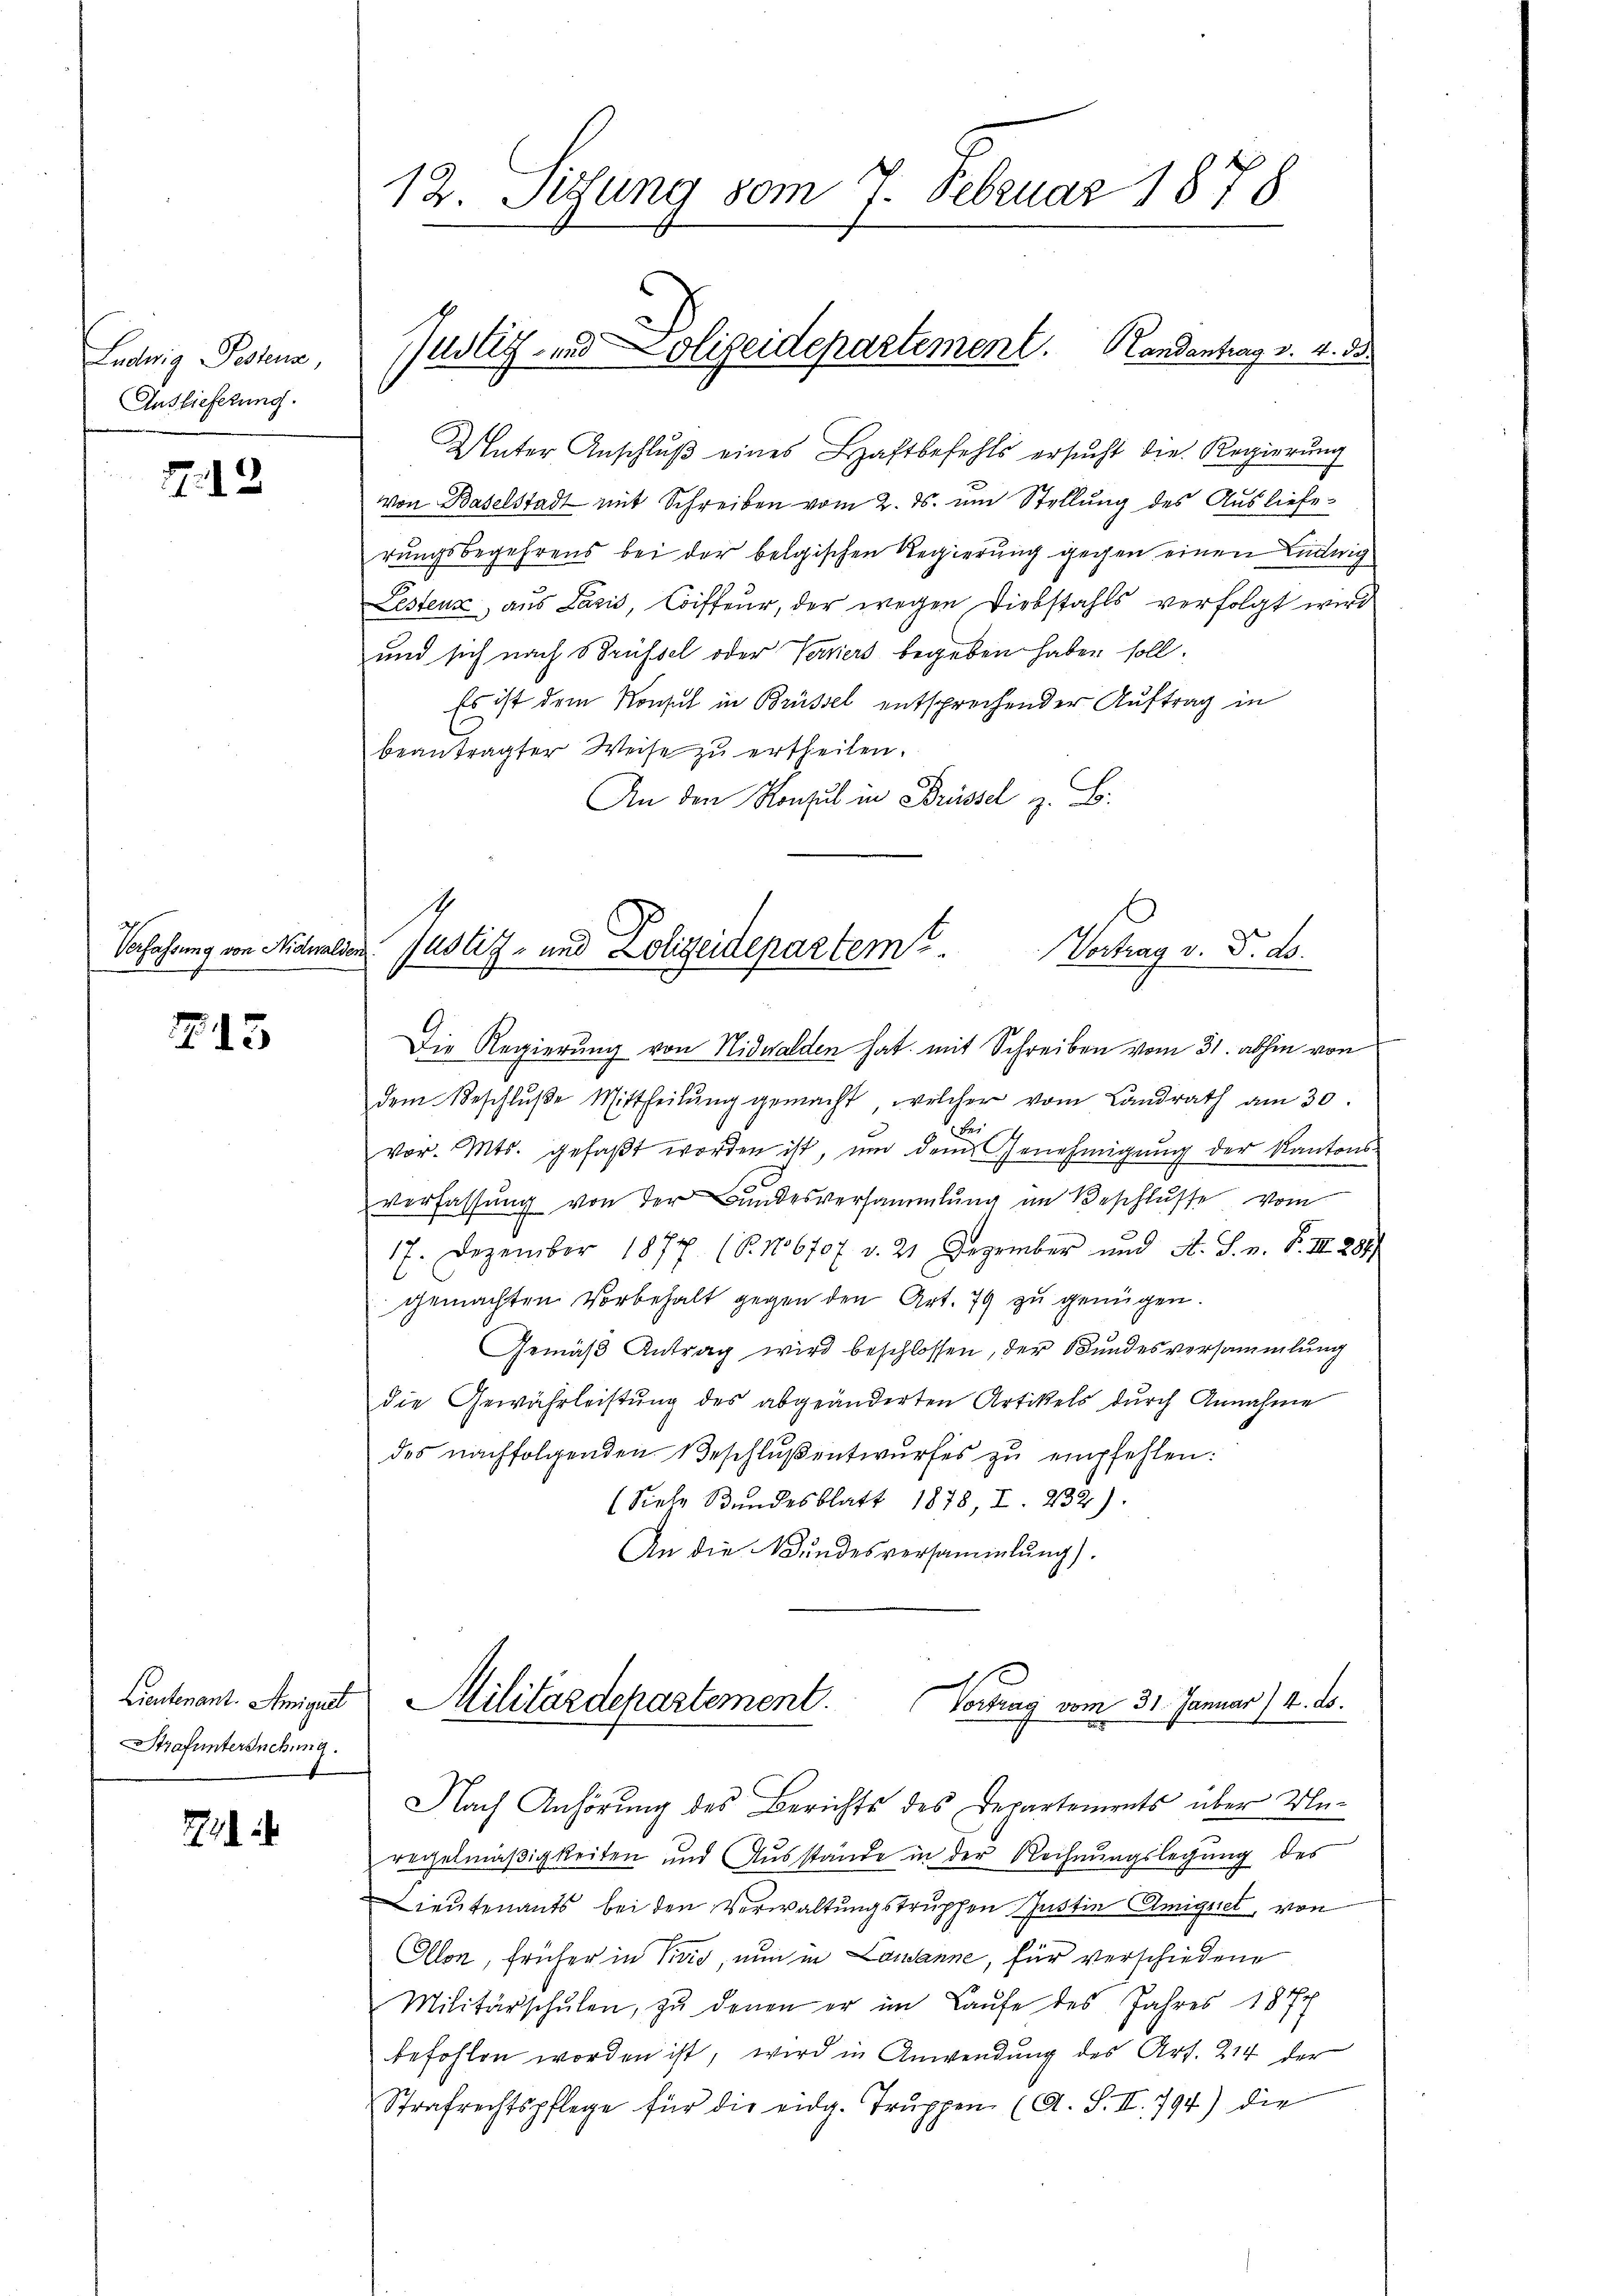
Luduig Postens,
Auslieferung.

12

Verfassung von Nidwald

715

Lieutenant. Amignet
Strafuntersuchung.

71

12. Sitzung vom 7. Februar 1878

Unter Anschlŭβ eines Haftbefehls ersŭcht die Regierŭng
Von Baselstadt mit Schreiben vom 2. ds. um Stellung des Auslieferungsbegehrens bei der belgischen Regierung gegen einen Ludwig
Lestenz, aus Lazić, Coiffeur, der wegen Diebstahls verfolgt wird
und sich nach Brüssel oder Verniers begeben haben soll.
Es ist dem Konsul in Brüssel entsprochender Auftrag in
beantragter Weise zŭ ertheilen.
An den Konsul in Brüssel z. B.

Justiz und Lolizeidepartement. Handantrag v. 4. d.

.
en Justiz- und Polizeidepartemt
Vortrag v. d. d.
Die Regierung von Nidwalden hat mit Schreiben vom 31. abhin von

dem Beschlŭβe Mittheilŭng gemacht, welcher vom Landrath am 30.
.
vor. Mts. gefaßt worden ist, um dem Genehmigung der Kantons-
Verfassŭng von der Bundesversammlung im Beschlŭsse vom
17. Dezember 1877 (S. 16707 d. 21 Dezember und A. S. n. F. III 281)
gemachten Vorbehalt gegen den Art. 79 zu genügen.
Gemäß Antrag wird beschlossen, der Bundesversammlung
die Gewährleistung des abgeänderten Artikels durch Annahme
des nachfolgenden Beschlŭβentwŭrfes zŭ empfehlen:
(Siele Bundesblatt 1878, I. 232).
An die Wundesversammlung).

Militärdepartement.
Vortrag vom 31. Januar) 4. ds.

Nach Anhörung des Berichts des Departements über Unregelmäßigkeiten und Ausstände in der Rechnungslegung des
Lieutenants bei den Verwaltungstruppen Justin Amignet, von
Ollon, früher in Livio, nun in Lausanne, für verschiedene
Militärschŭlen, zŭ denen er im Laŭfe des Jahres 1874
befohlen worden ist, wird in Anwendung des Art. 214 der
Strafrechtspflege für die eidg. Truppen (A. S. II. 794) die